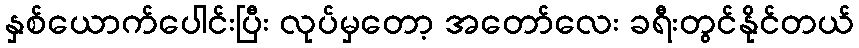
နှစ်ယောက်ပေါင်းပြီး လုပ်မှတော့ အတော်လေး ခရီးတွင်နိုင်တယ်